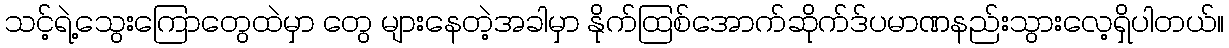
သင့်ရဲ့သွေးကြောတွေထဲမှာ တွေ များနေတဲ့အခါမှာ နိုက်ထြစ်အောက်ဆိုက်ဒ်ပမာဏနည်းသွားလေ့ရှိပါတယ်။